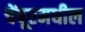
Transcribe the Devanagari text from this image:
चेंबूरमधील